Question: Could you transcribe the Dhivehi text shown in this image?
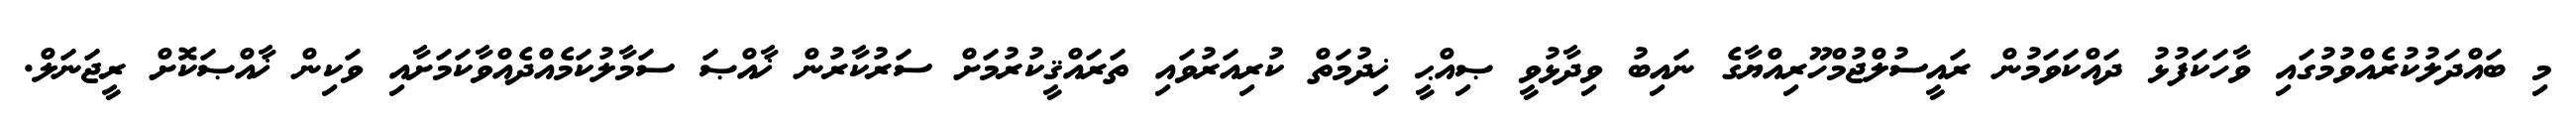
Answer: މި ބައްދަލުކުރެއްވުމުގައި ވާހަކަފުޅު ދައްކަވަމުން ރައީސުލްޖުމްހޫރިއްޔާގެ ނައިބު ވިދާޅުވީ ޞިއްޙީ ޚިދުމަތް ކުރިއަރުވައި ތަރައްޤީކުރުމަށް ސަރުކާރުން ޚާއްޞަ ސަމާލުކަމެއްދެއްވާކަމަށާއި ވަކިން ޚާއްޞަކޮށް ރީޖަނަލް.